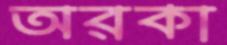
অরকা